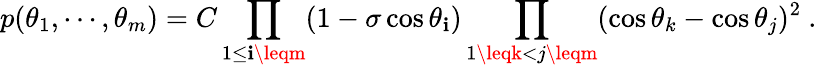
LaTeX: p(\theta_{1},\cdots,\theta_{m})=C\prod_{1\leq\mathbf{i}\leqm}(1-\sigma\cos\theta_{\mathbf{i}})\prod_{1\leqk<j\leqm}(\cos\theta_{k}-\cos\theta_{j})^{2}~.